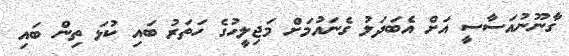
ގާނޫނުއަސާސީ އަށް އެބަދަލު ގެނައުމަށް މަޖިލީހުގެ ހަތަރު ބައި ކުޅަ ތިން ބައި